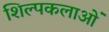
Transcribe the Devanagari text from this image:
शिल्पकलाओं